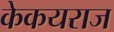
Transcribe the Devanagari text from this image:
केकयराज